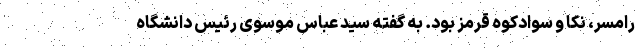
رامسر، نکا و سوادکوه قرمز بود. به گفته سید عباس موسوی رئیس دانشگاه